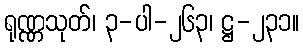
ရုဏ္ဏသုတ်၊ ၃-ပါ-၂၆၃၊ ဋ္ဌ-၂၃၁။